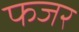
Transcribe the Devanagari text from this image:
फजर